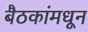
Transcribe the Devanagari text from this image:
बैठकांमधून